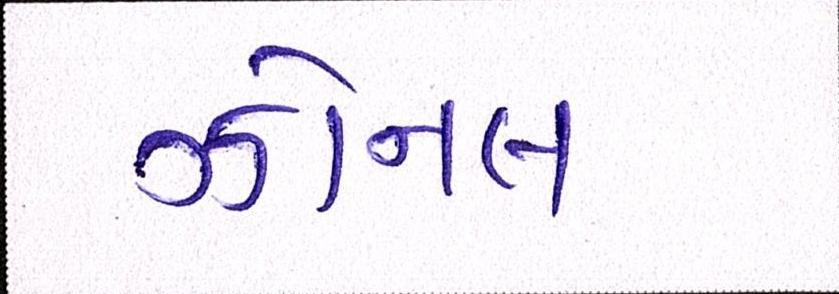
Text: ઝોનલ